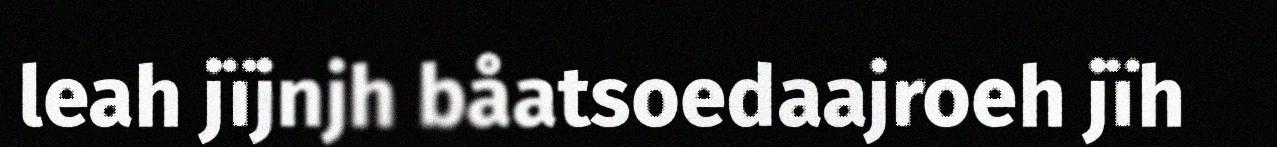
leah jïjnjh båatsoedaajroeh jïh